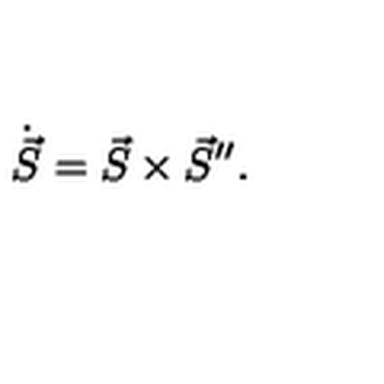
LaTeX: \dot { \vec { S } } = \vec { S } \times \vec { S } ^ { \prime \prime } .